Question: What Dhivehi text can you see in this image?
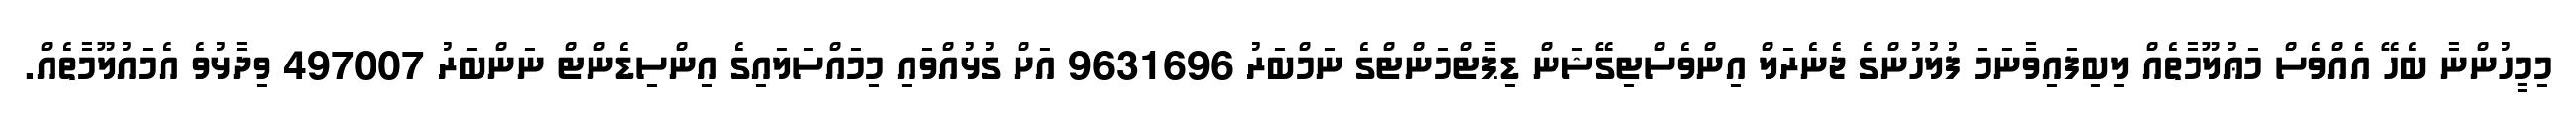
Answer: މިމީހުންނާ ބެހޭ އެއްވެސް މަޢުލޫމާތެއް ލިބިފައިވާނަމަ ފުލުހުންގެ ޖެނެރަލް އިންވެސްޓިގޭޝަން ޑިޕާޓްމަންޓްގެ ނަމްބަރު 9631696 އަށް ގުޅުއްވައި މިމައްސަލައިގެ އިންސިޑެންޓް ނަންބަރު 497007 ވިދާޅުވެ އެމައުލޫމާތެއް.